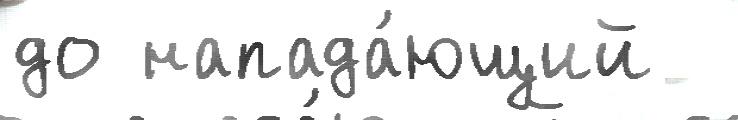
до напада́ющий